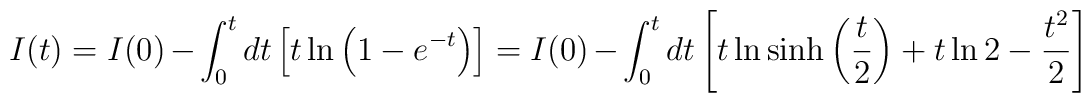
I(t)=I(0)-\int_0^tdt\left[ t\ln\left(1-e^{-t}\right)\right]=I(0)-\int_0^tdt \left[t\ln\sinh\left(\frac{t}{2}\right)+t\ln2-\frac{t^2}{2}\right]\nonumber